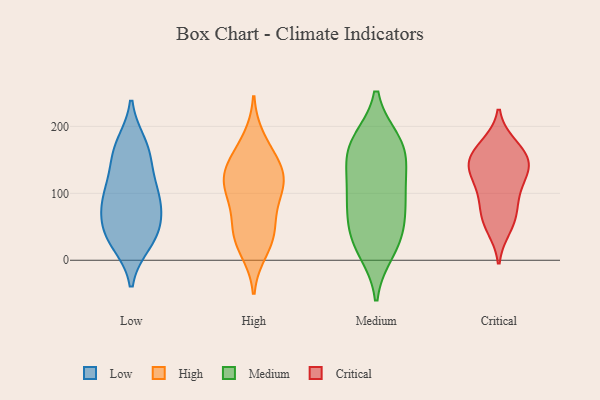
{"axis": {"x": "Temperature (°C)", "y": "Value"}, "legend": ["Critical", "High", "Low", "Medium"], "data": [{"x": "", "y": 34, "type": "Low"}, {"x": "", "y": 42, "type": "Low"}, {"x": "", "y": 45, "type": "Low"}, {"x": "", "y": 172, "type": "Low"}, {"x": "", "y": 119, "type": "Low"}, {"x": "", "y": 96, "type": "Low"}, {"x": "", "y": 157, "type": "Low"}, {"x": "", "y": 72, "type": "Low"}, {"x": "", "y": 92, "type": "Low"}, {"x": "", "y": 163, "type": "Low"}, {"x": "", "y": 27, "type": "Low"}, {"x": "", "y": 91, "type": "Low"}, {"x": "", "y": 42, "type": "High"}, {"x": "", "y": 120, "type": "High"}, {"x": "", "y": 150, "type": "High"}, {"x": "", "y": 15, "type": "High"}, {"x": "", "y": 118, "type": "High"}, {"x": "", "y": 96, "type": "High"}, {"x": "", "y": 34, "type": "High"}, {"x": "", "y": 78, "type": "High"}, {"x": "", "y": 42, "type": "High"}, {"x": "", "y": 122, "type": "High"}, {"x": "", "y": 180, "type": "High"}, {"x": "", "y": 118, "type": "High"}, {"x": "", "y": 150, "type": "High"}, {"x": "", "y": 177, "type": "Medium"}, {"x": "", "y": 48, "type": "Medium"}, {"x": "", "y": 147, "type": "Medium"}, {"x": "", "y": 177, "type": "Medium"}, {"x": "", "y": 155, "type": "Medium"}, {"x": "", "y": 99, "type": "Medium"}, {"x": "", "y": 113, "type": "Medium"}, {"x": "", "y": 26, "type": "Medium"}, {"x": "", "y": 81, "type": "Medium"}, {"x": "", "y": 15, "type": "Medium"}, {"x": "", "y": 37, "type": "Medium"}, {"x": "", "y": 170, "type": "Medium"}, {"x": "", "y": 88, "type": "Medium"}, {"x": "", "y": 106, "type": "Critical"}, {"x": "", "y": 49, "type": "Critical"}, {"x": "", "y": 131, "type": "Critical"}, {"x": "", "y": 171, "type": "Critical"}, {"x": "", "y": 71, "type": "Critical"}, {"x": "", "y": 166, "type": "Critical"}, {"x": "", "y": 60, "type": "Critical"}, {"x": "", "y": 152, "type": "Critical"}, {"x": "", "y": 137, "type": "Critical"}, {"x": "", "y": 135, "type": "Critical"}, {"x": "", "y": 94, "type": "Critical"}, {"x": "", "y": 150, "type": "Critical"}]}